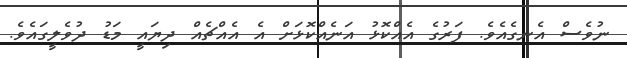
ނުވެސް އެނގެއެވެ. ފަރުގެ އެއްކޮޅު އަނެއްކޮޅަށް އެ އެއްޗެއް ދިޔައީ މަޑު ދުވެލީގައެވެ.